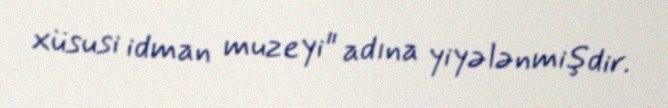
xüsusi idman muzeyi" adına yiyələnmişdir.